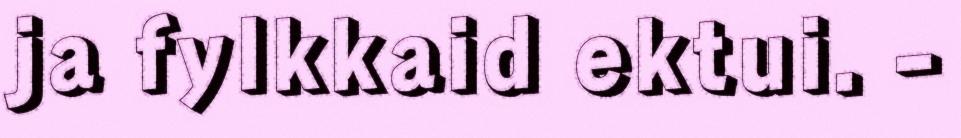
ja fylkkaid ektui. -